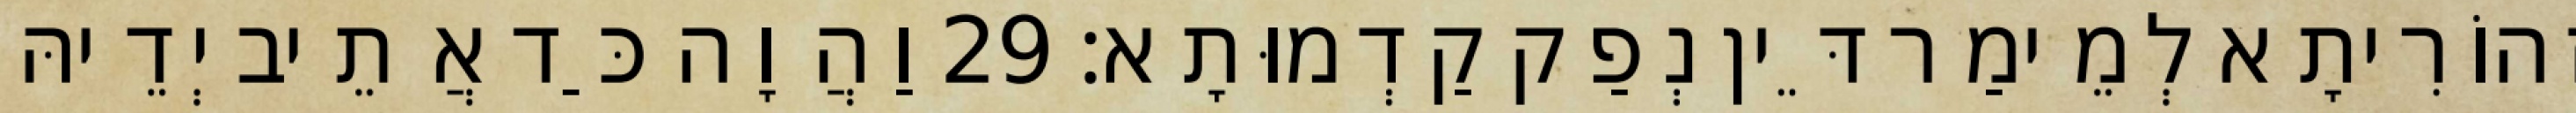
זְהוֹרִיתָא לְמֵימַר דֵּין נְפַק קַדְמוּתָא׃ 29 וַהֲוָה כַּד אֲתֵיב יְדֵיהּ